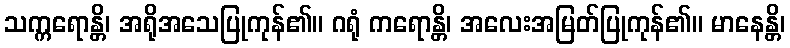
သက္ကရောန္တိ၊ အရိုအသေပြုကုန်၏။ ဂရုံ ကရောန္တိ၊ အလေးအမြတ်ပြုကုန်၏။ မာနေန္တိ၊